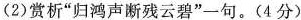
(2)赏析”归鸿声断残云碧”-句。(4分)